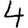
Digit: 4